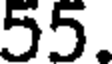
55.